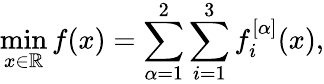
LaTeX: \operatorname*{min}_{x\in\mathbb{R}}f(x)=\sum_{\alpha=1}^{2}\sum_{i=1}^{3}f_{i}^{[\alpha]}(x),